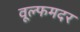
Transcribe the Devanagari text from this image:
वूल्‍फमदर